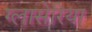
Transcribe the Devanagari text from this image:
ग्लासेरिया